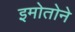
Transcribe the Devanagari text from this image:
इमोतोने